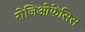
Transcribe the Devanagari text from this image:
रोजिओफेंसिस